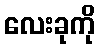
လေးခုကို